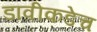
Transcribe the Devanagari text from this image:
डावीकडेच